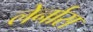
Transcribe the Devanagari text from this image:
लेर्नास